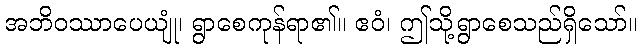
အဘိဝဿာပေယျုံ၊ ရွာစေကုန်ရာ၏။ ဧဝံ၊ ဤသို့ရွာစေသည်ရှိသော်။